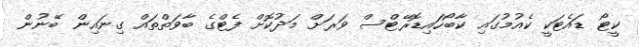
ކީޓޯ ޑައެޓަކީ ކެއުމުގައި ކާބޯހައިޑޮރޭޓްސް ވަރަށް މަދުކޮށް ފެޓްގެ ބާވަތްތައް ގިނައިން ބޭނުން